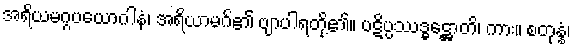
အရိယမဂ္ဂပယောဂါနံ၊ အရိယာမဂ်၏ ဗျာပါရတို့၏။ ပဋိပ္ပဿဒ္ဓဋ္ဌောတိ၊ ကား။ စတုန္နံ၊